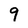
Character: 9